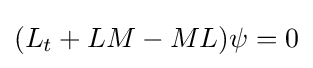
(L_{t}+LM-ML)\psi =0